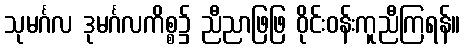
သုမင်္ဂလ ဒုမင်္ဂလကိစ္စ၌ ညီညာဖြဖြ ဝိုင်းဝန်းကူညီကြရန်။